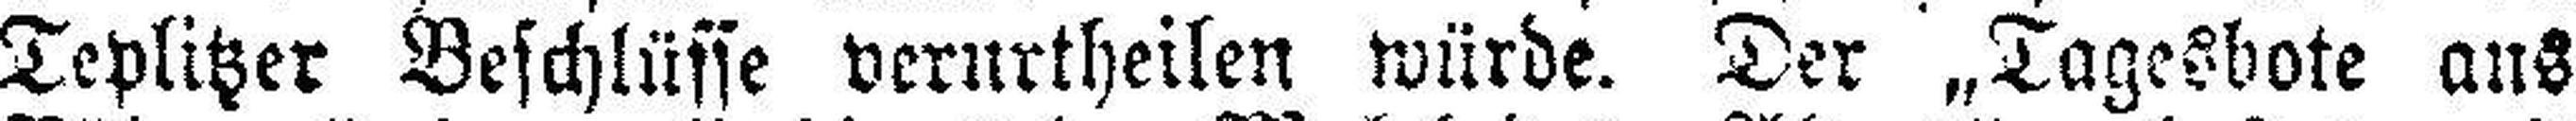
Teplitzer Beschlüsse verurtheilen würde. Der „Tagesbote aus